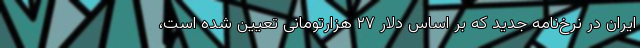
ایران در نرخ‌نامه جدید که بر اساس دلار ۲۷ هزارتومانی تعیین شده است،